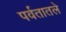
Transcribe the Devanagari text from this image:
पर्वतातले